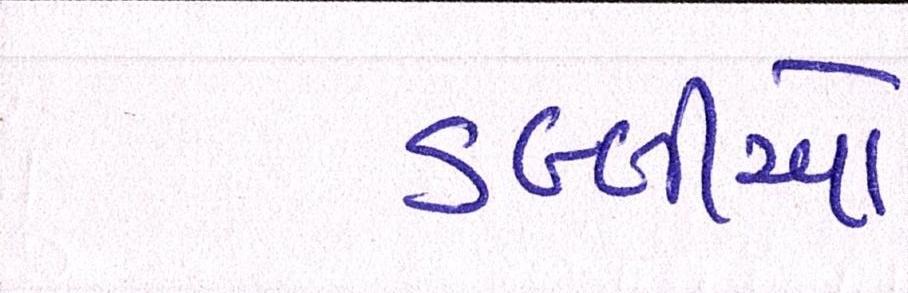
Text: ડબ્બીઓ